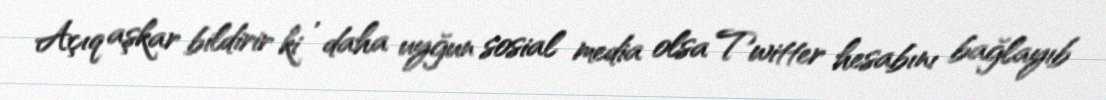
Açıq aşkar bildirir ki , daha uyğun sosial media olsa Twitter hesabını bağlayıb